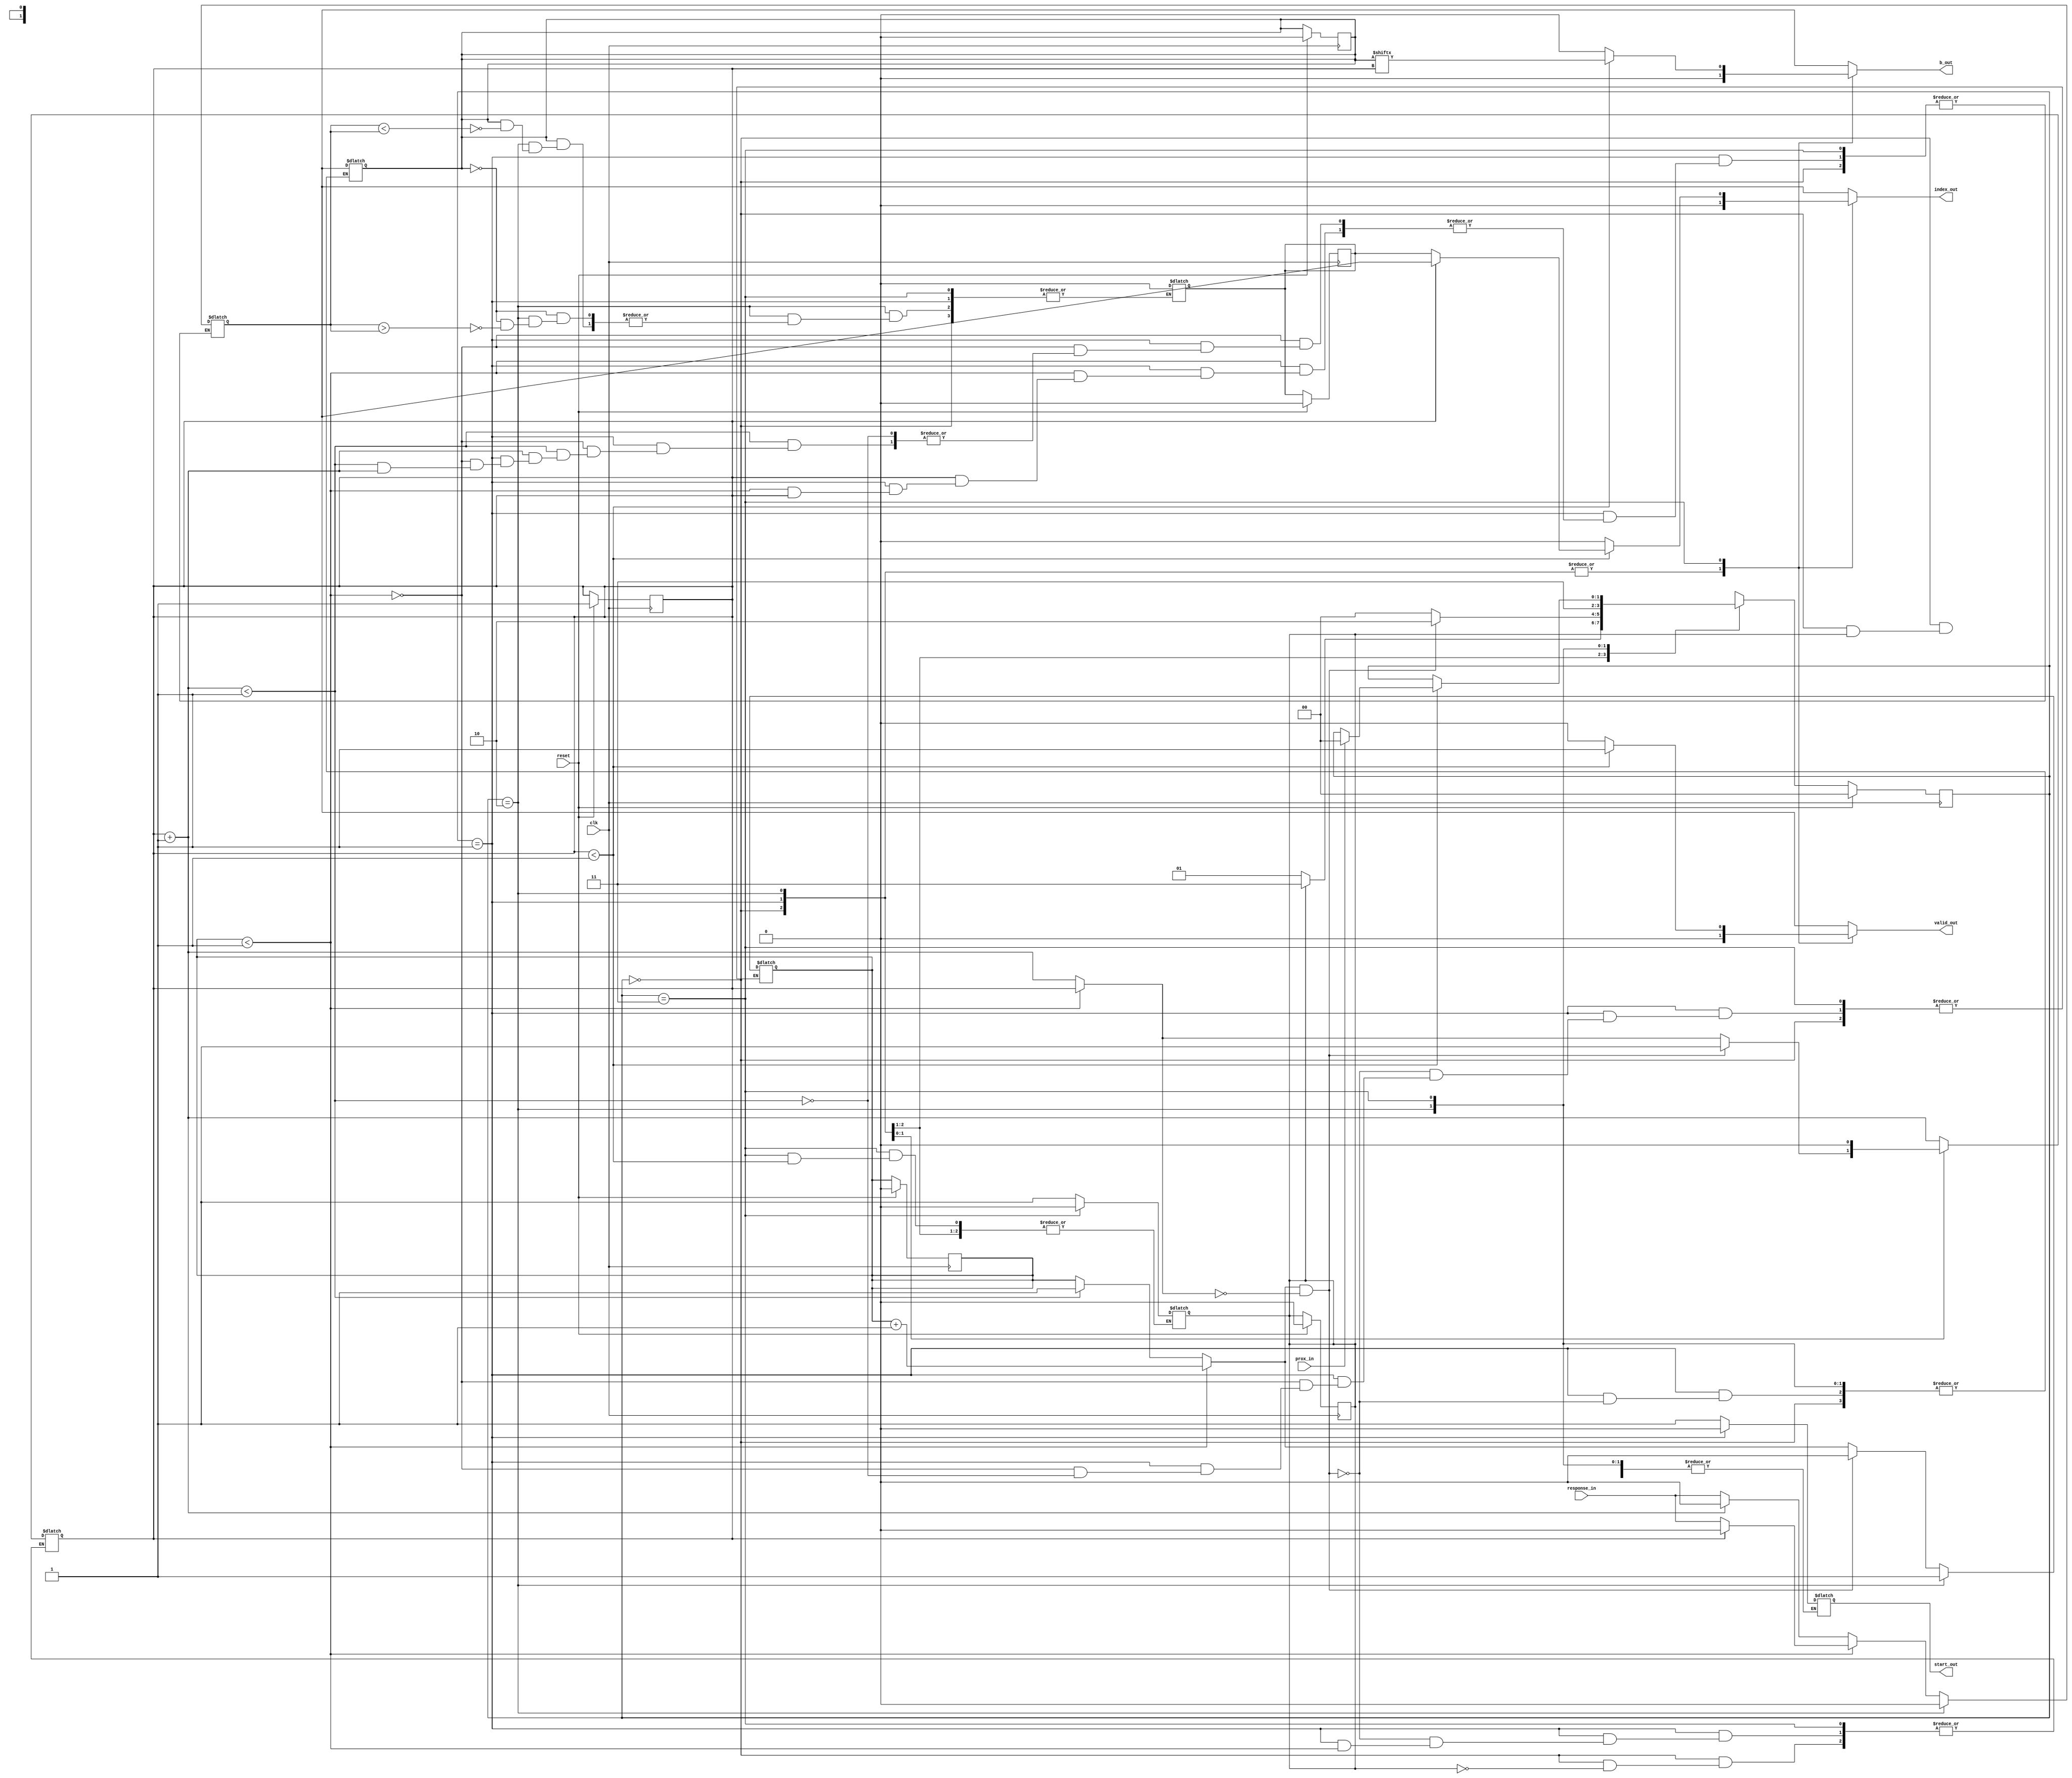
`timescale 1ns / 1ps
//////////////////////////////////////////////////////////////////////////////////
// 
// Design Name: PUF
// Module Name: enmapper_ECC
// Project Name: TacconiAsnaghi_PUF
// Target Devices: Basys3 - Artix7
// 
// Revision:
// Revision 0.01 - File Created
// 
//////////////////////////////////////////////////////////////////////////////////

module enmapper_ECC #(parameter RESPONSE_BITS = 1, ROW_NUMBER = 1,
     ITERATION = 1, INDEX_BITS = 1) (

     input clk,
     input reset,
     input [RESPONSE_BITS-1:0] response_in,
     input prox_in,

     output reg start_out,
     output reg [INDEX_BITS-1:0] index_out,
     output reg b_out,
     output reg valid_out

    );

    /*  l'enmapper raccoglie tot risposte della puf per ogni row_vector, calcola B,
        calcola l'indice per ogni row_vector e lo dispone all'uscita,
        mette in uscita anche B per controllo
    */

    reg [1:0] current_state, next_state;
    localparam  IDLE_STATE = 2'b00,
                STORAGE_STATE = 2'b01,
                COMPUTING_STATE = 2'b10,
                OUT_STATE = 2'b11;

    reg [INDEX_BITS-1:0] i, count, count_clk;
    reg [ITERATION*RESPONSE_BITS-1:0] row_vector [ROW_NUMBER-1:0];
    reg [ROW_NUMBER-1:0] b_indexing;
    reg [INDEX_BITS-1:0] index_internal [ROW_NUMBER-1:0];
    reg [RESPONSE_BITS-1:0] compare_value;
    reg done;

//  utilizzato nel caso si riscontrasse che l'esito della PUF ci impiega piu'
//  di un colpo di clk a presentarsi
   // localparam  CLK_PER_RESPONSE = 1;

    always @ ( posedge clk ) begin
        if (reset) begin
            current_state <= IDLE_STATE;
            i <= 0;
            count <= 0;
            b_indexing <= 0;
            compare_value <= 0;
            done <= 0;
            //count_clk <= 0;
           // start_out <= 0;
            for (count = 0; count < ROW_NUMBER; count = count+1) begin
                index_internal[count] = 0;
            end
        end else begin
            current_state <= next_state;
            /*if (count_clk < CLK_PER_RESPONSE) begin
                count_clk <= count_clk+1;
            end else begin
                count_clk <= 0;
            end*/

        end
    end

    always @ ( current_state, response_in, prox_in, count_clk ) begin

        valid_out = 0;
        b_out = 0;
        index_out = 0;

        next_state = current_state;

        case (current_state)
            IDLE_STATE: begin
/* viene utilizzato come stato di supporto per far dare una nuova risposta alla
    PUF da memorizzare oppure per cambiare l'uscita con done=1
*/
                if (done) begin
                    count = count+1;
                    next_state = OUT_STATE;
                end else begin
                    //if (count_clk >= CLK_PER_RESPONSE) begin
                        start_out = 1;
                        next_state = STORAGE_STATE;
                    //end
                end
            end

            STORAGE_STATE:  begin
               // if (count_clk >= CLK_PER_RESPONSE) begin
//                  memorizziamo le risposte nelle row
                    if (i < ITERATION) begin
                        row_vector[count] = row_vector[count]>>RESPONSE_BITS;
                        row_vector[count][ITERATION*RESPONSE_BITS-1:ITERATION*RESPONSE_BITS-RESPONSE_BITS] = response_in;
                        i = i+1;
                    end else begin
                        count = count+1;
                        if (count < ROW_NUMBER) begin
                            row_vector[count] = row_vector[count]>>RESPONSE_BITS;
                            row_vector[count][ITERATION*RESPONSE_BITS-1:ITERATION*RESPONSE_BITS-RESPONSE_BITS] = response_in;
                            i = 1;
                        end
                    end
                    next_state = IDLE_STATE;
                    start_out = 0;
//               una volta finita la memorizzazione viene scelto B per ogni row
                    if (i==ITERATION && count==ROW_NUMBER-1) begin
                        for (count = 0; count < ROW_NUMBER; count = count+1) begin
//                    scelgo B a piacere mio, potrebbe essere di piu' bit anche
                            b_indexing[count] = row_vector[count][RESPONSE_BITS+count];
                        end
                        i = 0;
                        next_state = COMPUTING_STATE;
                    //end
                end
            end

            COMPUTING_STATE: begin
                for (count = 0; count < ROW_NUMBER; count = count+1) begin
                    compare_value = row_vector[count][RESPONSE_BITS-1:0];
                    for (i = 0; i < ITERATION; i = i+1) begin
                        if (b_indexing[count]) begin // cerca il massimo
                            if (compare_value < row_vector[count][RESPONSE_BITS-1:0]) begin
                                compare_value = row_vector[count][RESPONSE_BITS-1:0];
                                index_internal[count] = i;
                            end
                        end else begin //   cerca il minimo
                            if (compare_value > row_vector[count][RESPONSE_BITS-1:0]) begin
                                compare_value = row_vector[count][RESPONSE_BITS-1:0];
                                index_internal[count] = i;
                            end
                        end
                        row_vector[count] = row_vector[count]>>RESPONSE_BITS;
                    end
                end
                count = 0;
                done = 1;
                next_state = OUT_STATE;
            end

            OUT_STATE:  begin
//               per ricominciare bisogna resettare l'enmapper
                if (count < ROW_NUMBER) begin
                    b_out = b_indexing[count];
                    index_out = index_internal[count][INDEX_BITS-1:0];
                    valid_out = 1;
//  sincronizziamo l'enmapper con demapper tramite richieste sul prossimo valore
//   di indice
                    if (prox_in) begin
                        next_state = IDLE_STATE;
                    end
                end else begin
                    done = 0;
                end
            end

            default: next_state = IDLE_STATE;
        endcase
    end
endmodule